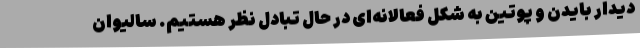
دیدار بایدن و پوتین به شکل فعالانه‌ای در حال تبادل نظر هستیم. سالیوان